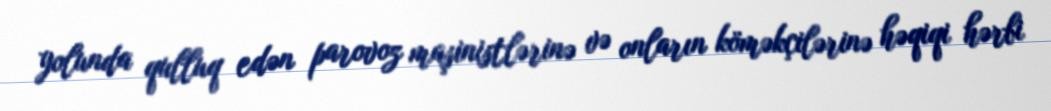
yolunda qulluq edən parovoz maşinistlərinə və onların köməkçilərinə həqiqi hərbi